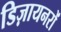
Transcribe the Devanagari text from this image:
डिज़ायनरों